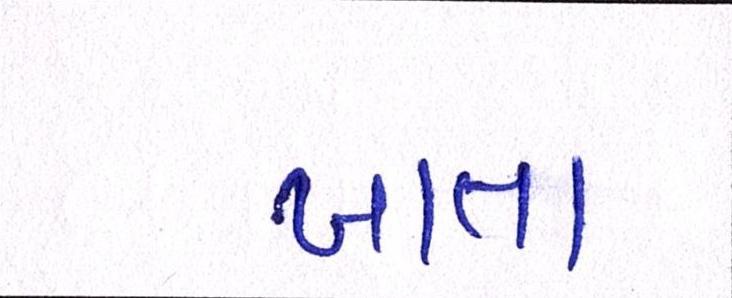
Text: ખાતા